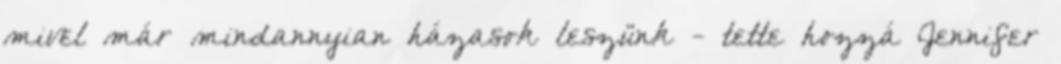
mivel már mindannyian házasok leszünk - tette hozzá Jennifer